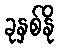
ခုနှစ်နို